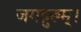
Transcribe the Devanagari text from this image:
जगद्गुरुम्।